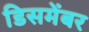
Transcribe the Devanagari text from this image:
डिसमेंबर